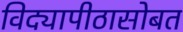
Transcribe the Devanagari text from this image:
विद्यापीठासोबत